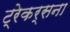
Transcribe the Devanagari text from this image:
ट्रेकर्सना